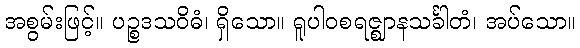
အစွမ်းဖြင့်။ ပဉ္စဒသဝိဓံ၊ ရှိသော။ ရူပါဝစရဇ္ဈာနသင်္ခါတံ၊ အပ်သော။